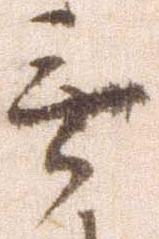
無